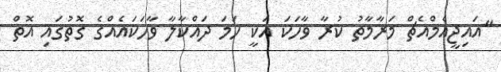
"އައިޖީއެމްއެޗް މަރާމާތު ކުރާ ވާހަކަ އަކީ ހަމަ ދައްކާލާ ވާހަކައެއްގެ ގޮތުގައި އޮތް